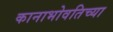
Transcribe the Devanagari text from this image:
कानाभोवतिच्या